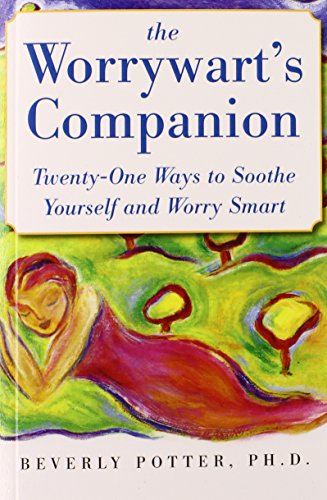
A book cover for The Worrywart's Companion: Twenty-One Ways to Soothe Yourself and Worry Smart; Beverly Potter; Health, Fitness & Dieting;